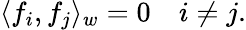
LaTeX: \langle f_{i},f_{j}\rangle_{w}=0\quad i\neq j.